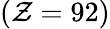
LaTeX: (\mathcal{Z}=92)